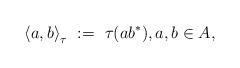
LaTeX: \begin{align*}\left\langle a,b\right\rangle_\tau\ :=\ \tau(ab^\ast), a,b\in A,\end{align*}